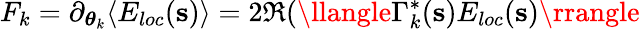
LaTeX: F_{k}=\partial_{{\boldsymbol\theta}_{k}}\langle E_{loc}(\mathbf{s})\rangle=2\Re(\llangle\Gamma_{k}^{*}(\mathbf{s})E_{loc}(\mathbf{s})\rrangle